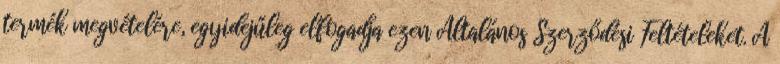
termék megvételére, egyidejűleg elfogadja ezen Általános Szerződési Feltételeket. A